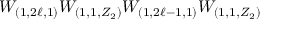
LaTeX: W _ { ( 1 , 2 \ell , 1 ) } W _ { ( 1 , 1 , Z _ { 2 } ) } W _ { ( 1 , 2 \ell - 1 , 1 ) } W _ { ( 1 , 1 , Z _ { 2 } ) }